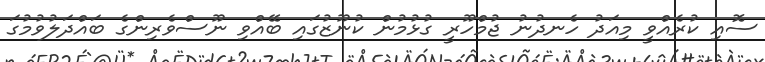
ސޮއި ކުރެއްވީ މިއަދު ހެނދުނު ޖުމްހޫރީ ގުޅުމުން ކުނޫޒުގައި ބޭއްވި ނޫސްވެރިންގެ ބައްދަލުވުމުގަ